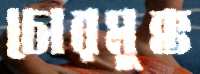
চোরমুক্ত